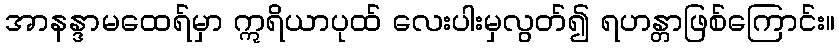
အာနန္ဒာမထေရ်မှာ ဣရိယာပုထ် လေးပါးမှလွတ်၍ ရဟန္တာဖြစ်ကြောင်း။